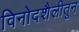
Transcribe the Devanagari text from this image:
विनोदशैलीतून